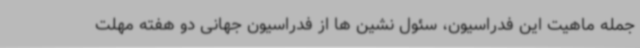
جمله ماهیت این فدراسیون، سئول نشین ها از فدراسیون جهانی دو هفته مهلت